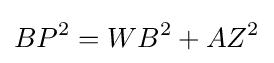
BP^{2}=WB^{2}+AZ^{2}